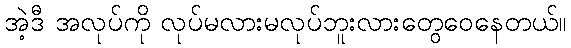
အဲ့ဒီ အလုပ်ကို လုပ်မလားမလုပ်ဘူးလားတွေဝေနေတယ်။